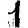
Digit: 1